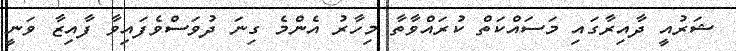
ޝަރުއީ ދާއިރާގައި މަސައްކަތް ކުރައްވާތާ މިހާރު އެންމެ ގިނަ ދުވަސްވެފައިވާ ފާއިޒާ ވަނީ